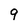
Character: 9